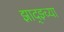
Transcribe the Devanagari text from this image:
झाद्झ्च्या